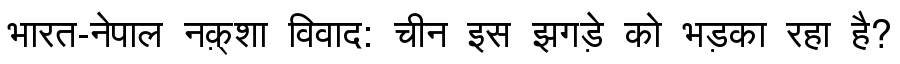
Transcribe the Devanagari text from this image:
भारत-नेपाल नक़्शा विवाद: चीन इस झगड़े को भड़का रहा है?